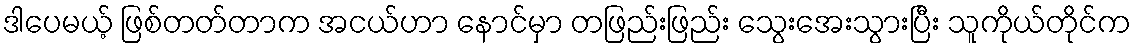
ဒါပေမယ့် ဖြစ်တတ်တာက အငယ်ဟာ နောင်မှာ တဖြည်းဖြည်း သွေးအေးသွားပြီး သူကိုယ်တိုင်က